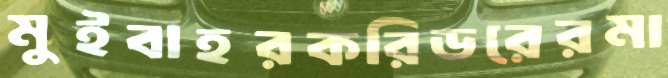
মুইবাহরকরিডরেরমা